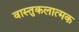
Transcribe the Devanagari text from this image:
वास्तुकलात्मक